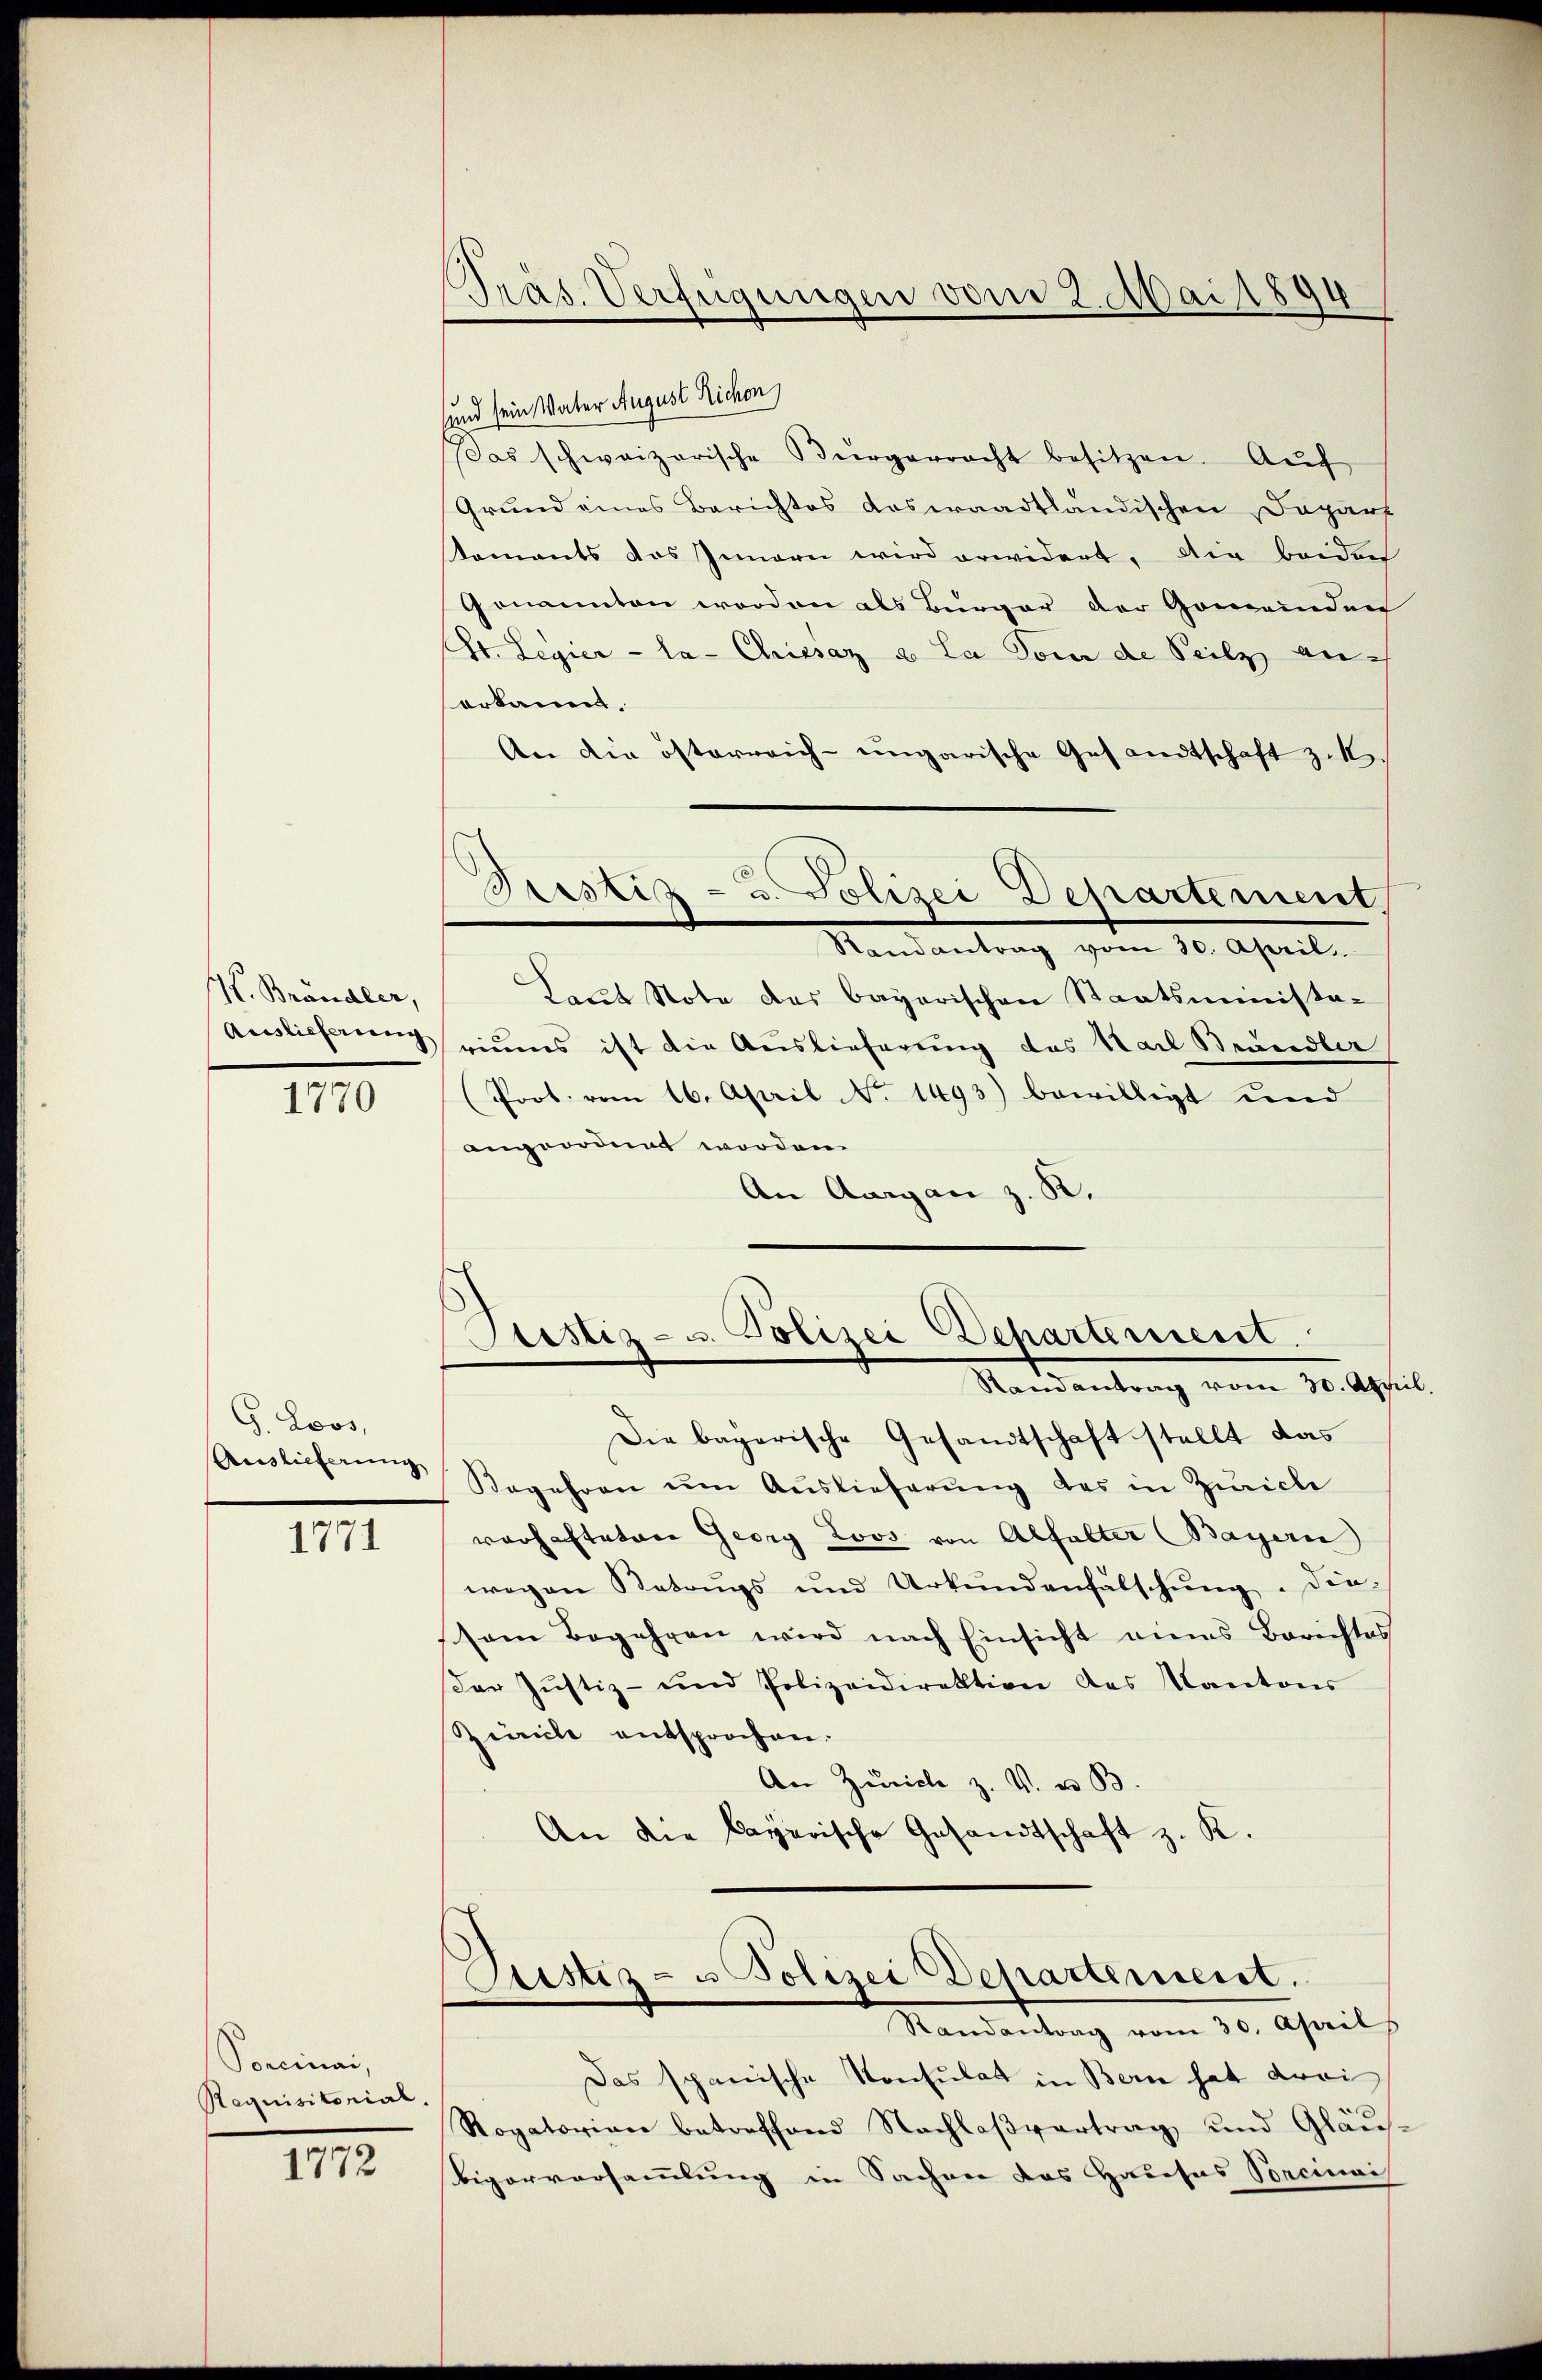
H. Brändler,

1770

G. Loos,
Auslieferung

1771

Sencinai,
Requisitorial,

1772

Präs. Verfügungen vom 2. Mai 1894

sund sein Vater August Richen
as schweizerische Bürgerracht besitzen. Aŭf
Grund eines Berichtes das waadtländischen Depart
taments das Innern wird erwidert, die beiden
Genannten worden als Bürger der Gemeinden
St. Legier - la- Chrissaz a. La Tour de Seilz anerkannt.
An die österreich-ungarische Gesandtschaft zu
C
Bustiz- u. Polizei Departement
Randantrag vom 30. April
Laut Note des bayerischen Staatsminista-
Auslieferung riums ist die Auslieferung des Karl Brändler
(Prot. vom 16. April No. 1493) bewilligt und
angeordnet worden.
An Aargau z. B.

Pestiz- u. Polizei Departement.
Randantrag vom 30. April.

Die bayerische Gesandtschaft stellt das
Begehren um Auslieferung des in Zürich
vorhastatare Georg Loos von Abfalter (Bayern
wegen Betrugs und Urkundenfälschung. Die
ssem Begehren wird nach Einsicht eines Berichtes
der Justiz- und Polizeidirektion des Kantons
Zivile entsprochen.
An Zürich z. V. u. B.
An die bayerische Gesandtschaft z. R.

Justiz- u Polizei Departement.
Randantrag vom 30. April

Das spanische Konsulat in Bern hat drei
Rogatorien betreffend Nachlaßvertrag und Gläu-
Bigorversammlung in Sacher das Hausas Concinais